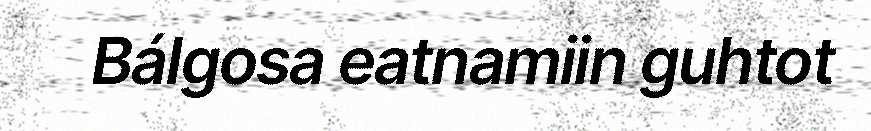
Bálgosa eatnamiin guhtot